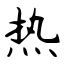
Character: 热